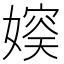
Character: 𪦛